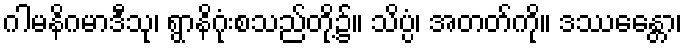
ဂါမနိဂမာဒီသု၊ ရွာနိဂုံးစသည်တို့၌။ သိပ္ပံ၊ အတတ်ကို။ ဒဿေန္တော၊